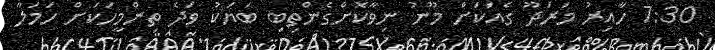
7:30 ހާއިރު މަރަދޫ ގެއަކަށް މޫނު ނިވާކޮށްގެންތިބި ބަޔަކު ވަދެ ތިންމީހަކަށް ހަމަލާ